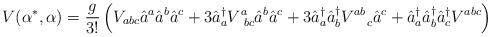
LaTeX: \begin{align*}V(\alpha^*,\alpha) = \frac{g}{3!} \left( V_{abc} \hat{a}^a \hat{a}^b\hat{a}^c + 3 \hat{a}^{\dagger}_a V^a_{\; \; bc} \hat{a}^b \hat{a}^c + 3 \hat{a}^{\dagger}_a\hat{a}^{\dagger}_b V^{ab}_{\quad c} \hat{a}^c + \hat{a}^{\dagger}_a \hat{a}^{\dagger}_b \hat{a}^{\dagger}_cV^{abc} \right)\end{align*}